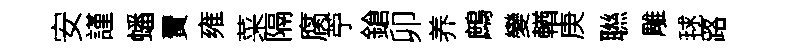
安謹蟠賣雍菜隔腐苧鎗卯养鷓變輶庚聮雕毬路